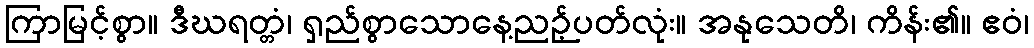
ကြာမြင့်စွာ။ ဒီဃရတ္တံ၊ ရှည်စွာသောနေ့ညဉ့်ပတ်လုံး။ အနုသေတိ၊ ကိန်း၏။ ဧဝံ၊